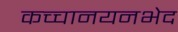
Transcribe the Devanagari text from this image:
कच्चानयनभेद